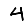
Digit: 4